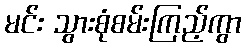
မင်း သွားစုံစမ်းကြည့်ကွာ